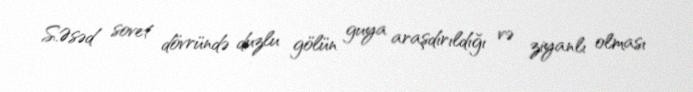
S.Əsəd sovet dövründə duzlu gölün guya araşdırıldığı və ziyanlı olması